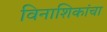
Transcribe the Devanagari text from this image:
विनाशिकांचा